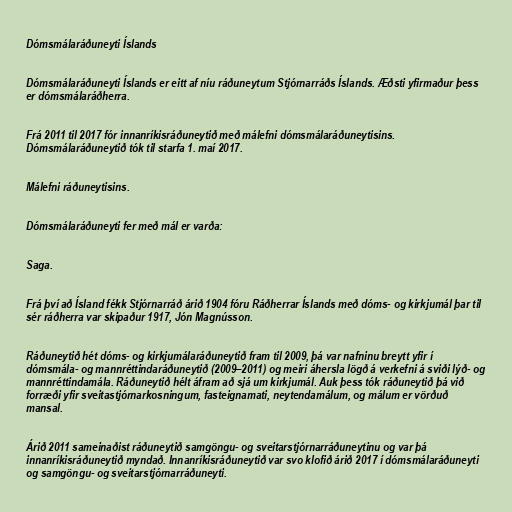
Dómsmálaráðuneyti Íslands

Dómsmálaráðuneyti Íslands er eitt af níu ráðuneytum Stjórnarráðs Íslands. Æðsti yfirmaður þess
er dómsmálaráðherra.

Frá 2011 til 2017 fór innanríkisráðuneytið með málefni dómsmálaráðuneytisins.
Dómsmálaráðuneytið tók til starfa 1. maí 2017.

Málefni ráðuneytisins.

Dómsmálaráðuneyti fer með mál er varða:

Saga.

Frá því að Ísland fékk Stjórnarráð árið 1904 fóru Ráðherrar Íslands með dóms- og kirkjumál þar til
sér ráðherra var skipaður 1917, Jón Magnússon.

Ráðuneytið hét dóms- og kirkjumálaráðuneytið fram til 2009, þá var nafninu breytt yfir í
dóms­mála- og mannréttindaráðuneytið (2009–2011) og meiri áhersla lögð á verkefni á sviði lýð- og
mannréttindamála. Ráðuneytið hélt áfram að sjá um kirkjumál. Auk þess tók ráðuneytið þá við
forræði yfir sveitastjórnarkosningum, fasteignamati, neytendamálum, og málum er vörðuð
mansal.

Árið 2011 sameinaðist ráðuneytið samgöngu- og sveitar­stjórnar­ráðuneytinu og var þá
innanríkisráðuneytið myndað. Innanríkisráðuneytið var svo klofið árið 2017 í dómsmálaráðuneyti
og samgöngu- og sveitarstjórnarráðuneyti.